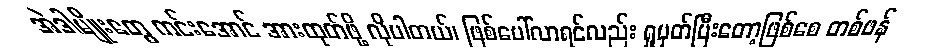
အဲဒါမျိုးတွေ ကင်းအောင် အားထုတ်ဖို့ လိုပါတယ်၊ ဖြစ်ပေါ်လာရင်လည်း ရှုမှတ်ပြီးတော့ဖြစ်စေ တစ်ဖန်